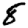
Digit: 8